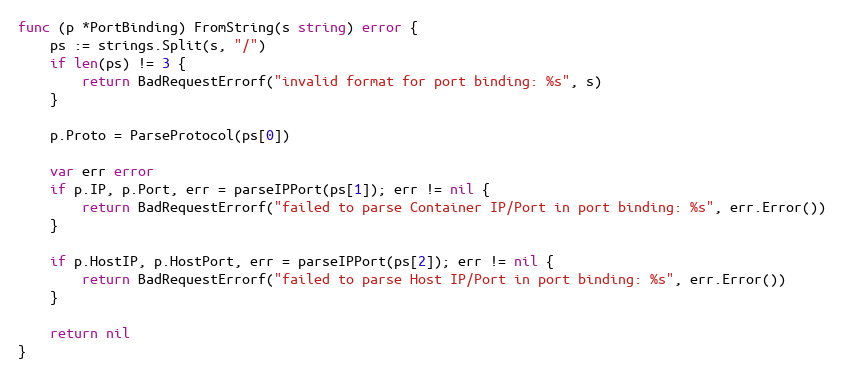
Language: Go
func (p *PortBinding) FromString(s string) error {
	ps := strings.Split(s, "/")
	if len(ps) != 3 {
		return BadRequestErrorf("invalid format for port binding: %s", s)
	}

	p.Proto = ParseProtocol(ps[0])

	var err error
	if p.IP, p.Port, err = parseIPPort(ps[1]); err != nil {
		return BadRequestErrorf("failed to parse Container IP/Port in port binding: %s", err.Error())
	}

	if p.HostIP, p.HostPort, err = parseIPPort(ps[2]); err != nil {
		return BadRequestErrorf("failed to parse Host IP/Port in port binding: %s", err.Error())
	}

	return nil
}